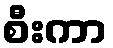
စီးကာ